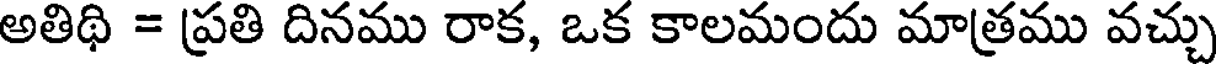
అతిథి = ప్రతి దినము రాక, ఒక కాలమందు మాత్రము వచ్చు